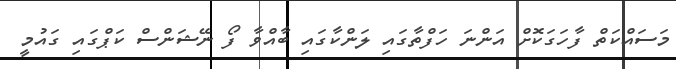
މަސައްކަތް ފާހަގަކޮށް އަންނަ ހަފްތާގައި ލަންކާގައި ބާއްވާ ފޯ ނޭޝަންސް ކަޕްގައި ގައުމީ